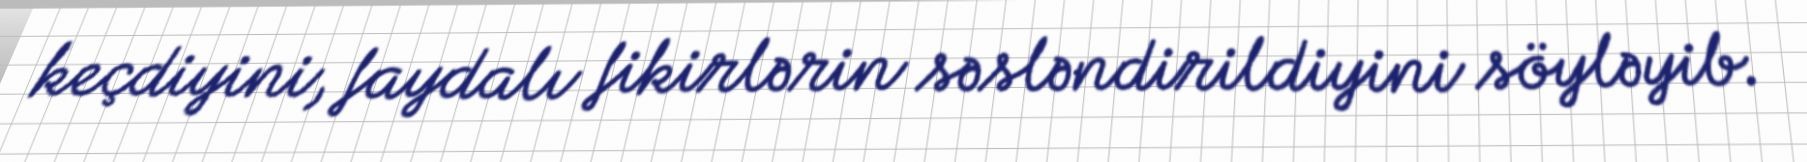
keçdiyini, faydalı fikirlərin səsləndirildiyini söyləyib.